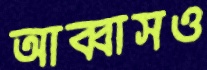
আব্বাসও